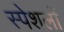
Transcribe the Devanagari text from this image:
स्पेशलों